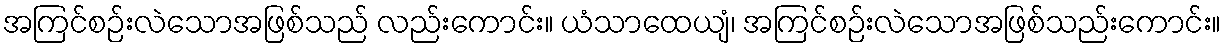
အကြင်စဉ်းလဲသောအဖြစ်သည် လည်းကောင်း။ ယံသာထေယျံ၊ အကြင်စဉ်းလဲသောအဖြစ်သည်းကောင်း။